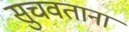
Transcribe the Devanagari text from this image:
सुचवताना